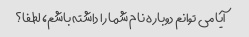
آیا می توانم دوباره نام شما را داشته باشم، لطفا؟